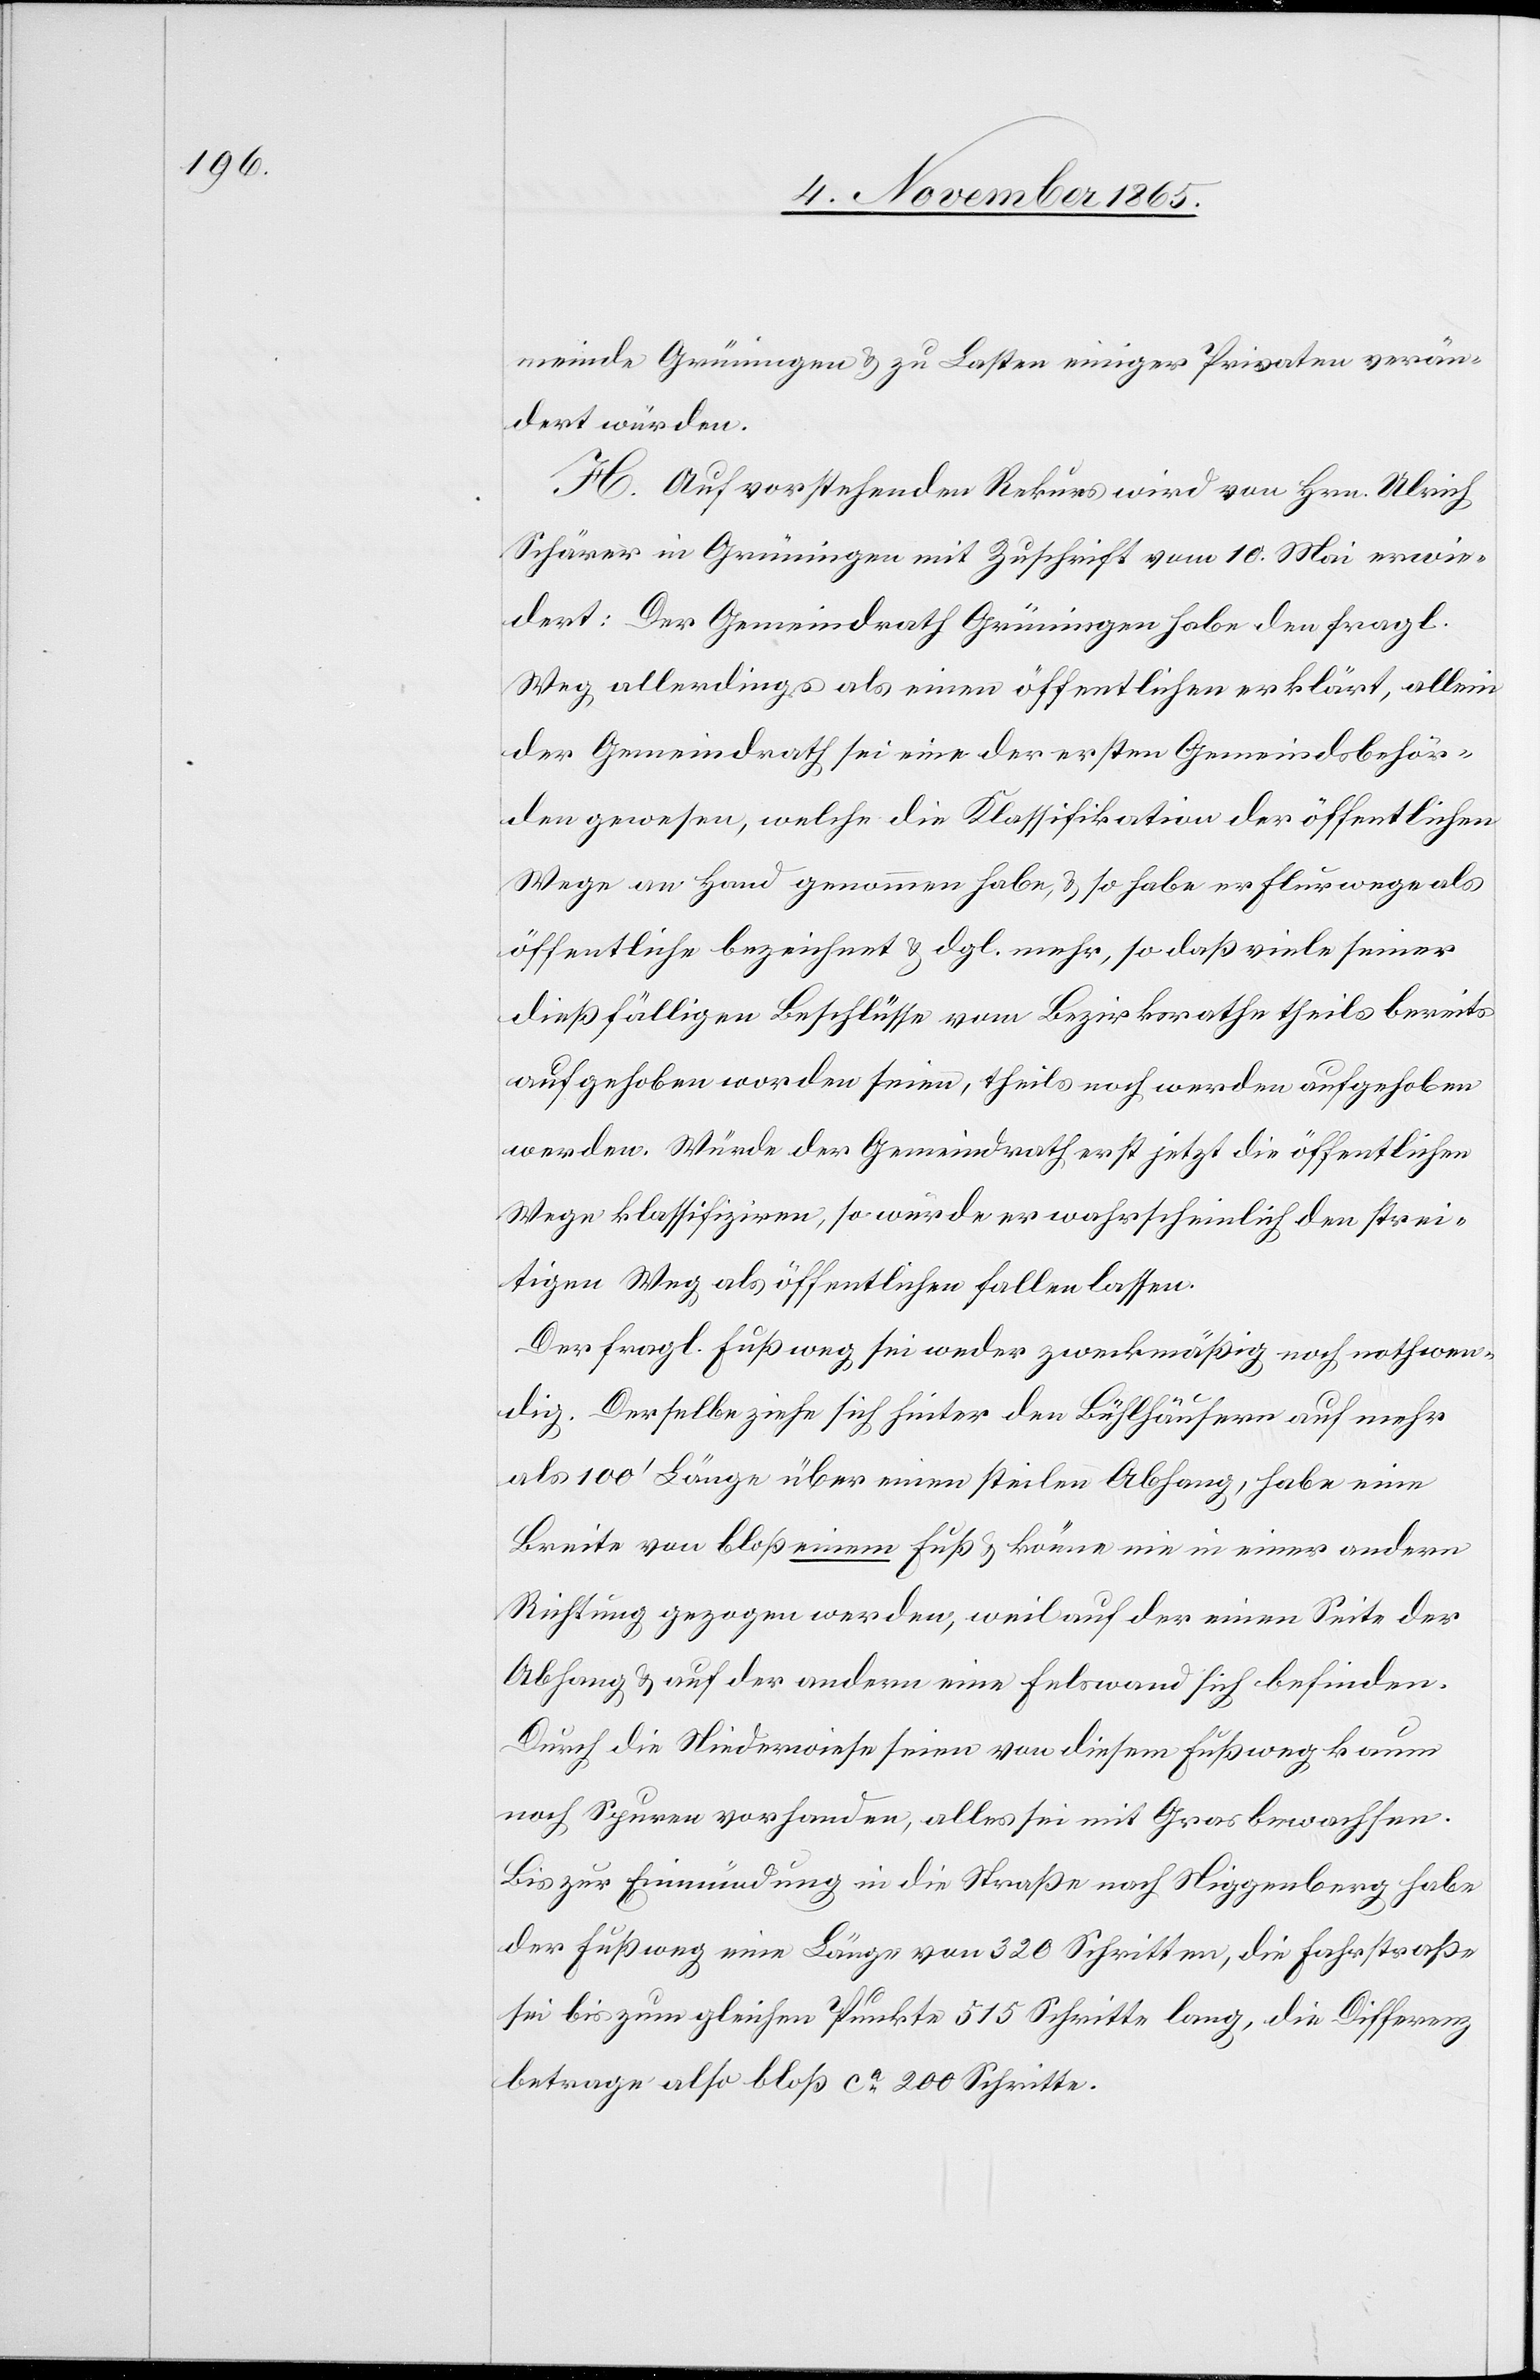
meinde Grüningen & zu Lasten einiger Privaten verän¬
dert würden.
H. Auf vorstehenden Rekurs wird von Hrn. Ulrich
Schärer in Grüningen mit Zuschrift vom 10. Mai erwie¬
dert: Der Gemeindrath habe den fragl. Weg al¬
lerdings als einen öffentlichen erklärt, allein
der Gemeindrath sei eine der ersten Gemeindsbehör¬
den gewesen, welche die Klassifikation der öffentlichen
Wege an Hand genommen habe, & so habe er Flurwege als
öffentliche bezeichnet & dgl. mehr, so daß viele seiner
dießfälligen Beschlüsse vom Bezirksrathe theils bereits
aufgehoben worden seien, theils noch werden aufgehoben
werden. Würde der Gemeindrath erst jetzt die öffentlichen
Wege klassifiziren, so würde er wahrscheinlich den strei¬
tigen Weg als öffentlichen fallen lassen.
Der fragl. Fußweg sei weder zweckmäßig noch nothwen¬
dig. Derselbe ziehe sich hinter den Bühlhäusern auf mehr
als 100’ Länge über einen steilen Abhang, habe eine
Breite von bloß einem Fuß & könne nie in einer andern
Richtung gezogen werden, weil auf der einen Seite der
Abhang & auf der andern eine Felswand sich befinden.
Durch die Niederwiese seien von diesem Fußweg kaum
noch Spuren vorhanden, alles sei mit Gras bewachsen.
Bis zur Einmündung in die Straße nach Niggenberg habe
der Fußweg eine Länge von 320 Schritten, die Fahrstraße
sei bis zum gleichen Punkte 515 Schritte lang, die Differenz
betrage also bloß ca 200 Schritte.